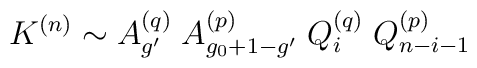
K^{(n)}\sim  A_{g'}^{(q)}\;A_{g_0+1-g'}^{(p)}\;Q_i^{(q)}\;Q_{n-i-1}^{(p)}